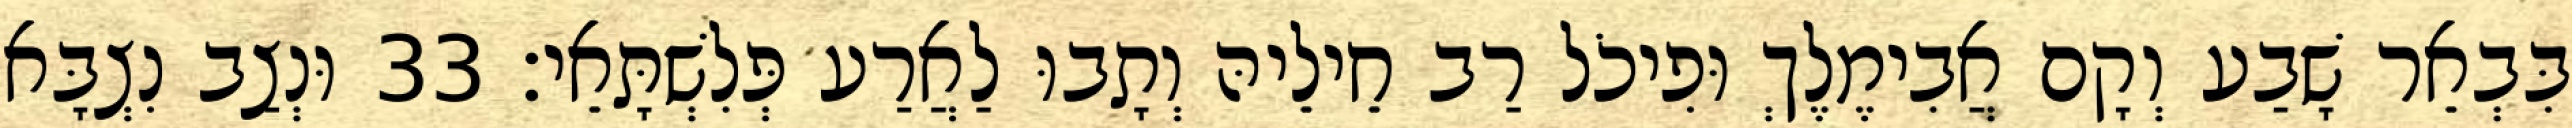
בִּבְאֵר שָׁבַע וְקָם אֲבִימֶלֶךְ וּפִיכֹל רַב חֵילֵיהּ וְתָבוּ לַאֲרַע פְּלִשְׁתָּאֵי׃ 33 וּנְצַב נִצְבָּא